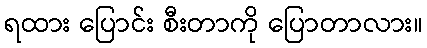
ရထား ပြောင်း စီးတာကို ပြောတာလား။